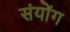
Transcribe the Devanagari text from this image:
संयोंग